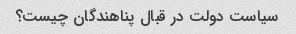
سیاست دولت در قبال پناهندگان چیست؟